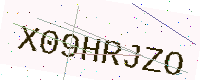
Text: X09HRJZO